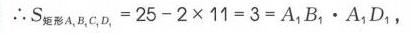
$\therefore S_{梯形A_{1}B_{1}C_{1}D_{1}} = 25 - 2\times11 = 3 = A_{1}B_{1}\cdot A_{1}D_{1}$，